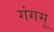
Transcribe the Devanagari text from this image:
गंगमू